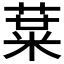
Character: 𱾁